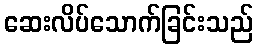
ဆေးလိပ်သောက်ခြင်းသည်